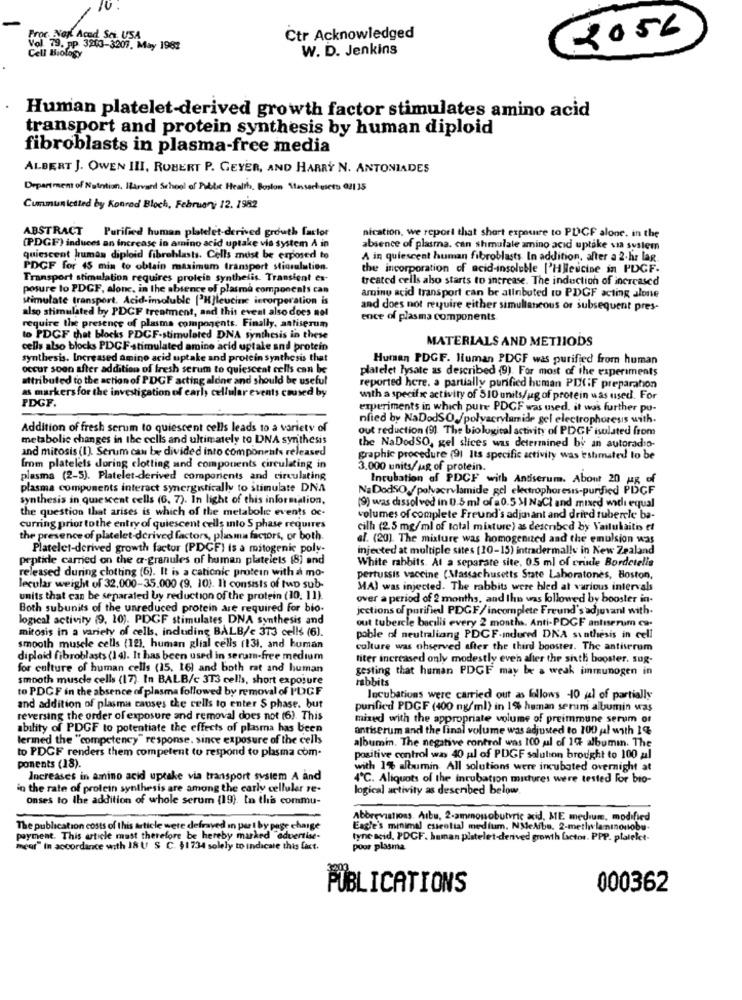
IV.
Proc. Nap Acad Sci. USA
2056
Ctr Acknowledged
1. 79, pp 3243-3207. May 1982
W. D. Jenkins
Cell Biology
Human platelet-derived growth factor stimulates amino acid
transport and protein synthesis by human diploid
fibroblasts in plasma-free media
ALBERT J. OWEN III, ROBERT P. GEYER, AND HARRY N. ANTONIADES
Department of Notation, Harvard School of Public Health, Boston Massachusets 0/1 35
Cummunietled by Konrad Bloch, February 12. 1982
ABSTRACT
Purified human platelet-derived growth factor
nication, we report that short exposure to PLCF alone. in the
(PDGF) induces an increase in amino acid uptake vie system A in
absence of plasma. can shmulale amino acid uptake via system
quiescent human diploid fibroblasts. Cells must be exposed to
A in quiescent human fibroblasts. In addition, after a 2.hr lag
PDGF for 45 min to obtain maximum transport stiorulution.
the incorporation of acid-insoluble ['Hlicucine in PDGF.
Transport stimulation requires protein synthesis. Transient es-
treated cells also starts to increase. The induction of increased
posure to PDGF, alone, in the absence of plasma components can
simulate transport. Acid-imoluble ['H]leucine iccorporation is
amino acid transport can be alinbuted to PDGF acting alone
also stimulated by PDCF treatment, and this event also does not
and does not require either simultaneous or subsequent pres-
require the presence of plasma components. Finally, antiserum
ence of plasma components
to PDGF that blocks PDCF-stimulaied DNA synthesis in these
MATERIALS AND METHODS
cells also blocks PDCF -stimulated amino acid uptale and protein
synthesis. Increased amino acid uptake and protein synthesis that
Human PDGF. Human PDGF was purified from human
occur soon after addition of fresh serum to quiescent cells can be
platelet lysate as described (9). For most of the experiments
attributed to the action of PDGF acting aldne and should be useful
as markers for the investigation of carly cellular events coused by
reported here. a partially purified human PIXiF preparation
PDGF.
with a specific activity of 510 units/ug of protein was used. For
experiments in which pure PDCF was used. it was further pu-
nfied by NaDodSO./polyacrylamide gel electrophoresis with.
Addition of fresh serum to quiescent cells leads to a variety of
out reduction (9). The biological activity of PDGF isolated from
metabolic changes in the cells and ultimately to DNA synthesis
and mitosis (1). Serum can be divided into components released
the NaDodSO, gel slices was determined by an autoradio-
graphic procedure (91 Its specific activity was estimated to be
from platelets during clotting and components circulating in
3.000 units/Mg of protein.
plasma (2-5). Platelet-derived comporients and circulating
Incubation of PDCF with Antiserum. About 20 Mg of
plasma components interact synergistically to stimulate DNA
NaDodSO,/polyacrylamide gel electrophoresis-purified PDGF
synthesis in quiescent cells (6, 7). In light of this information,
the question that arises is which of the metabolic events oc-
(9) was dissolved in 0.5 ml of a 0.5 MI NaCl and mixed with equal
volumes of complete Freund's adjuvant and dried tubercle ba-
curring prior tothe entry of quiescent cells into S phase requires
cilh (2.5 mg/ml of total mixture) as described by Vailuhaiti et
the presence of platelet-derived factors, plasma factors, or both.
al. (20). The mixture was homogenized and the emulsion was
Platelet-derived growth factor (PDCF) is a mitogenic poly-
injected at multiple sites [10-15) intradermally in New Zealand
peptide carried on the a-granules of human platelets (8) and
White rabbits. At a separate site, 0.5 ml of crude Bordetelis
released during clotting (6). It is a cationic protein with a mo-
pertussis vaccine (Massachusetts State Laboratones, Boston,
lecular weight of 32.000-35.000 (9. 10). It consists of tup sub-
MA) was injected. The rabbits were hled at various intervals
units that can be separated by reduction of the protein (10. 11).
over a period of 2 months, and the was followed by booster in-
Both subunits of the unreduced protein are required for bio-
jections of purified PDGF/ incomplete Freund's adjuvant with.
logical activity (9, 10). PDGF stimulates DNA synthesis and
out tubercle bacilli every 2 months. Anti-PDGF anlıserum ca-
mitosis in a variety of cells, induding BALB/c 373 cells (6).
poble of neutraliang PDCF-Idured DNA synthesis in cell
smooth muscle cells (12). human glial cells (131. and human
culture was ohserved after the third booster. The antiserum
diploid fibroblasts (1 4). It has been used in seram-free medium
fiter increased only modestly even after the sixth booster. sug-
for culture of human cells (15, 16) and both rat and human
gesting that human PDGF may be a weak immunogen in
smooth muscle cells (17). In BALB/c 3T3 cells, short exposure
rabbits
to PDCF in the absence of plasma followed by removal of PDGF
Incubations were carried out as follows 40 al of partially
and addition of plasma causes the cells to enter $ phase. but
purified PDGF (400 ng/ml) in 1% human serum albumin was
reversing the order of exposure and removal does not (6). This
mixed with the appropriate volume of preimmune serum or
ability of PDGF to potentiate the effects of plasma has been
antiserum and the final volume was adjusted to 100 ual with 1%
lermed the "competency" response. since exposure of the cells
albumin. The negative control was 100 ul of 19 albumin. The
to PDCF renders them competent to respond to plasma com-
positive control was 40 al of PDGF salution brought to 100 al
ponents (18).
with 1% albumin. All solutions were incubated overnight at
Increases in amino acid uptake via transport system A and
4℃. Aliquots of the intubation mittures were tested For bio-
in the rate of protein synthesis are among the carly cellular re-
logical activity as described below.
onses to the addition of whole serum (19). to this commu-
Abbreviations. Albu, 2-ammonsobutyric acid, ME medium, modified
The publication costs of this article were defraved in part by page charge
Eagle's minimal essential medium. NMleAiba. 2-methylaminonobu-
payment. This article mast therefore be hereby marked"advertise-
tyne acid, PDGF. human platelet-derived growth factor. PPP. platelet.
meer" In accordance with I8 U S C. $1734 solely to indicate this fixt.
poor plasma
PUBLICATIONS
000362